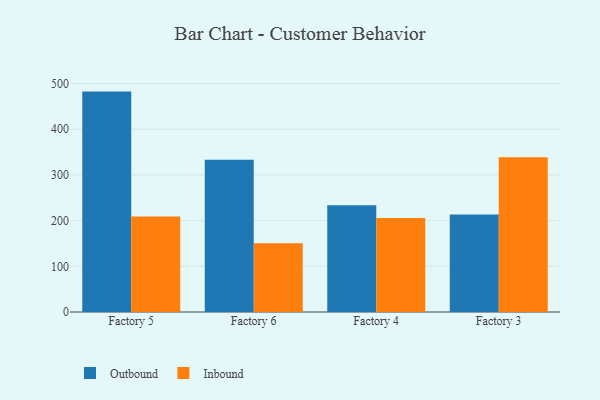
{"axis": {"x": "Factory", "y": "Demand Index"}, "legend": ["Inbound", "Outbound"], "data": [{"x": "Factory 5", "y": 482.3, "type": "Outbound"}, {"x": "Factory 5", "y": 208.9, "type": "Inbound"}, {"x": "Factory 6", "y": 333.3, "type": "Outbound"}, {"x": "Factory 6", "y": 150.6, "type": "Inbound"}, {"x": "Factory 4", "y": 233.6, "type": "Outbound"}, {"x": "Factory 4", "y": 205.5, "type": "Inbound"}, {"x": "Factory 3", "y": 213.1, "type": "Outbound"}, {"x": "Factory 3", "y": 338.5, "type": "Inbound"}]}